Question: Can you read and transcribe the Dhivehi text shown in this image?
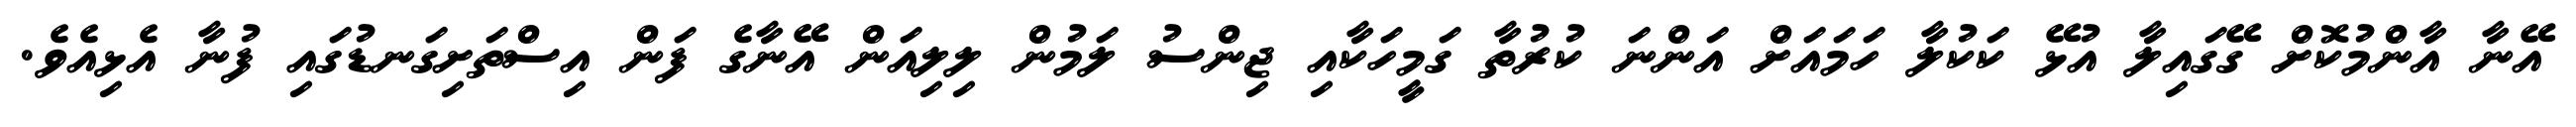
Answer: އޭނާ އާންމުކޮށް ގޭގައިލާ އުޅޭ ކަކުލާ ހަމައަށް އަންނަ ކުރުތާ ގަމީހަކާއި ޖިންސު ލަމުން ލިލިއަން އޭނާގެ ފަން އިސްތަށިގަނޑުގައި ފުނާ އެޅިއެވެ.